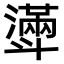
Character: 𣂎